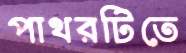
পাথরটিতে